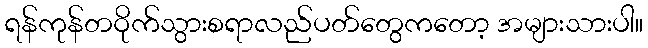
ရန်ကုန်တဝိုက်သွားစရာလည်ပတ်တွေကတော့ အများသားပါ။